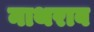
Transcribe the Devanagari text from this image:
नाथराव